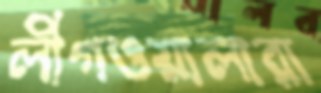
লীগওয়ালারা